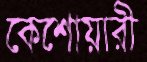
কেশোয়ারী